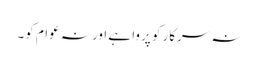
نہ سرکار کو پروا ہے اور نہ عوام کو۔